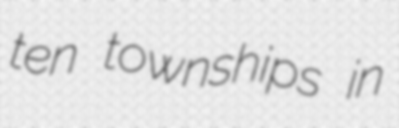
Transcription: ten townships in